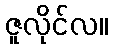
ဇူလိုင်လ။